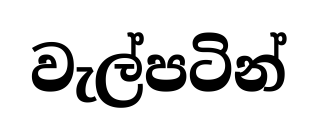
වැල්පටින්